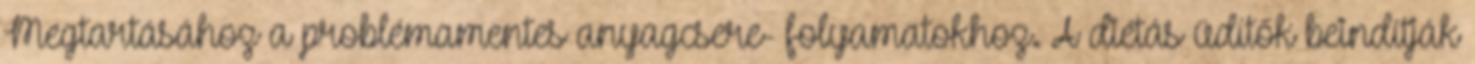
Megtartásához a problémamentes anyagcsere- folyamatokhoz. A diétás üdítők beindítják